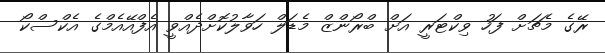
ރޭގެ މެޗަށް ފަހު ވިކްޓަރީ އަށް ބްރޯންޒް މެޑަލް ހަވާލުކޮށްދެއްވީ އެފްއޭއެމްގެ އެކްސްކޯ